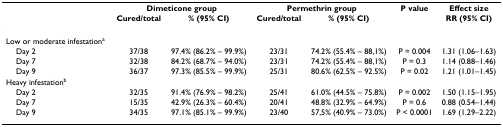
<table><thead><tr><td></td><td colspan="2"><b>Dimeticone group</b></td><td colspan="2"><b>Permethrin group</b></td><td><b>P value</b></td><td><b>Effect size</b></td></tr><tr><td></td><td><b>Cured/total</b></td><td><b>% (95% CI)</b></td><td><b>Cured/total</b></td><td><b>% (95% CI)</b></td><td></td><td><b>RR (95% CI)</b></td></tr></thead><tbody><tr><td>Low or moderate infestation<sup>a</sup></td><td></td><td></td><td></td><td></td><td></td><td></td></tr><tr><td> Day 2</td><td>37/38</td><td>97.4% (86.2% – 99.9%)</td><td>23/31</td><td>74.2% (55.4% – 88,1%)</td><td>P = 0.004</td><td>1.31 (1.06–1.63)</td></tr><tr><td> Day 7</td><td>32/38</td><td>84.2% (68.7% – 94.0%)</td><td>23/31</td><td>74.2% (55.4% – 88,1%)</td><td>P = 0.3</td><td>1.14 (0.88–1.46)</td></tr><tr><td> Day 9</td><td>36/37</td><td>97.3% (85.5% – 99.9%)</td><td>25/31</td><td>80.6% (62.5% – 92.5%)</td><td>P = 0.02</td><td>1.21 (1.01–1.45)</td></tr><tr><td>Heavy infestation<sup>b</sup></td><td></td><td></td><td></td><td></td><td></td><td></td></tr><tr><td> Day 2</td><td>32/35</td><td>91.4% (76.9% – 98.2%)</td><td>25/41</td><td>61.0% (44.5% – 75.8%)</td><td>P = 0.002</td><td>1.50 (1.15–1.95)</td></tr><tr><td> Day 7</td><td>15/35</td><td>42.9% (26.3% – 60.4%)</td><td>20/41</td><td>48.8% (32.9% – 64.9%)</td><td>P = 0.6</td><td>0.88 (0.54–1.44)</td></tr><tr><td> Day 9</td><td>34/35</td><td>97.1% (85.1% – 99.9%)</td><td>23/40</td><td>57,5% (40.9% – 73.0%)</td><td>P &lt; 0.0001</td><td>1.69 (1.29–2.22)</td></tr></tbody></table>